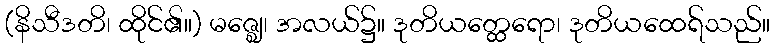
(နိသီဒတိ၊ ထိုင်၏။) မဇ္ဈေ၊ အလယ်၌။ ဒုတိယတ္ထေရော၊ ဒုတိယထေရ်သည်။